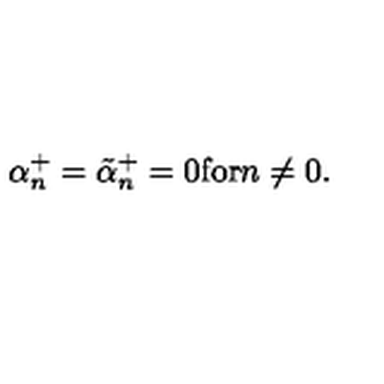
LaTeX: \alpha _ { n } ^ { + } = \tilde { \alpha } _ { n } ^ { + } = 0 \mathrm { f o r } n \not = 0 .